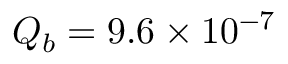
Q _ { b } = 9 . 6 \times 1 0 ^ { - 7 }